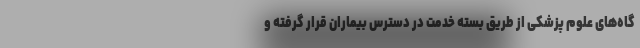
گاه‌های علوم پزشکی از طریق بسته خدمت در دسترس بیماران قرار گرفته و